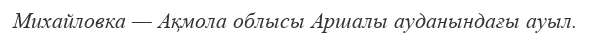
Михайловка — Ақмола облысы Аршалы ауданындағы ауыл.